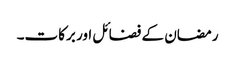
رمضان کے فضائل اور برکات۔